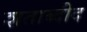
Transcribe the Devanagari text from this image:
शताब्दीद